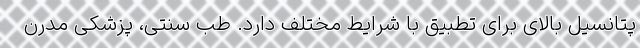
پتانسیل بالای برای تطبیق با شرایط مختلف دارد. طب سنتی، پزشکی مدرن